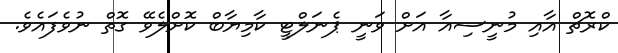
ކްރޮޗް އާއި މުނީސިއާ އަށް ވަނީ ޕެނަލްޓީ ކާމިޔާބް ކޮށްލެވޭ ގޮތް ނުވެފައެވެ.